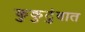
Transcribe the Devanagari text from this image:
कुकुटुंबात